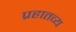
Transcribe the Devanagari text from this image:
प्रहातव्य